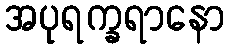
အပုရက္ခရာနော